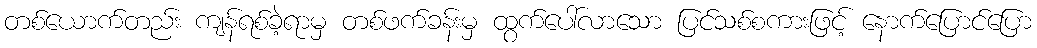
တစ်ယောက်တည်း ကျန်ရစ်ခဲ့ရာမှ တစ်ဖက်ခန်းမှ ထွက်ပေါ်လာသော ပြင်သစ်စကားဖြင့် နောက်ပြောင်ပြော